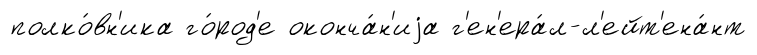
полко́вн'ика го́род'е оконча́н'иjа г'ен'ера́л-л'ейт'ена́нт